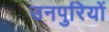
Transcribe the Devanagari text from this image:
उनपुरियों